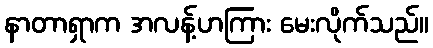
နာတာရှာက အလန့်ဟကြား မေးလိုက်သည်။